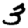
Digit: 3